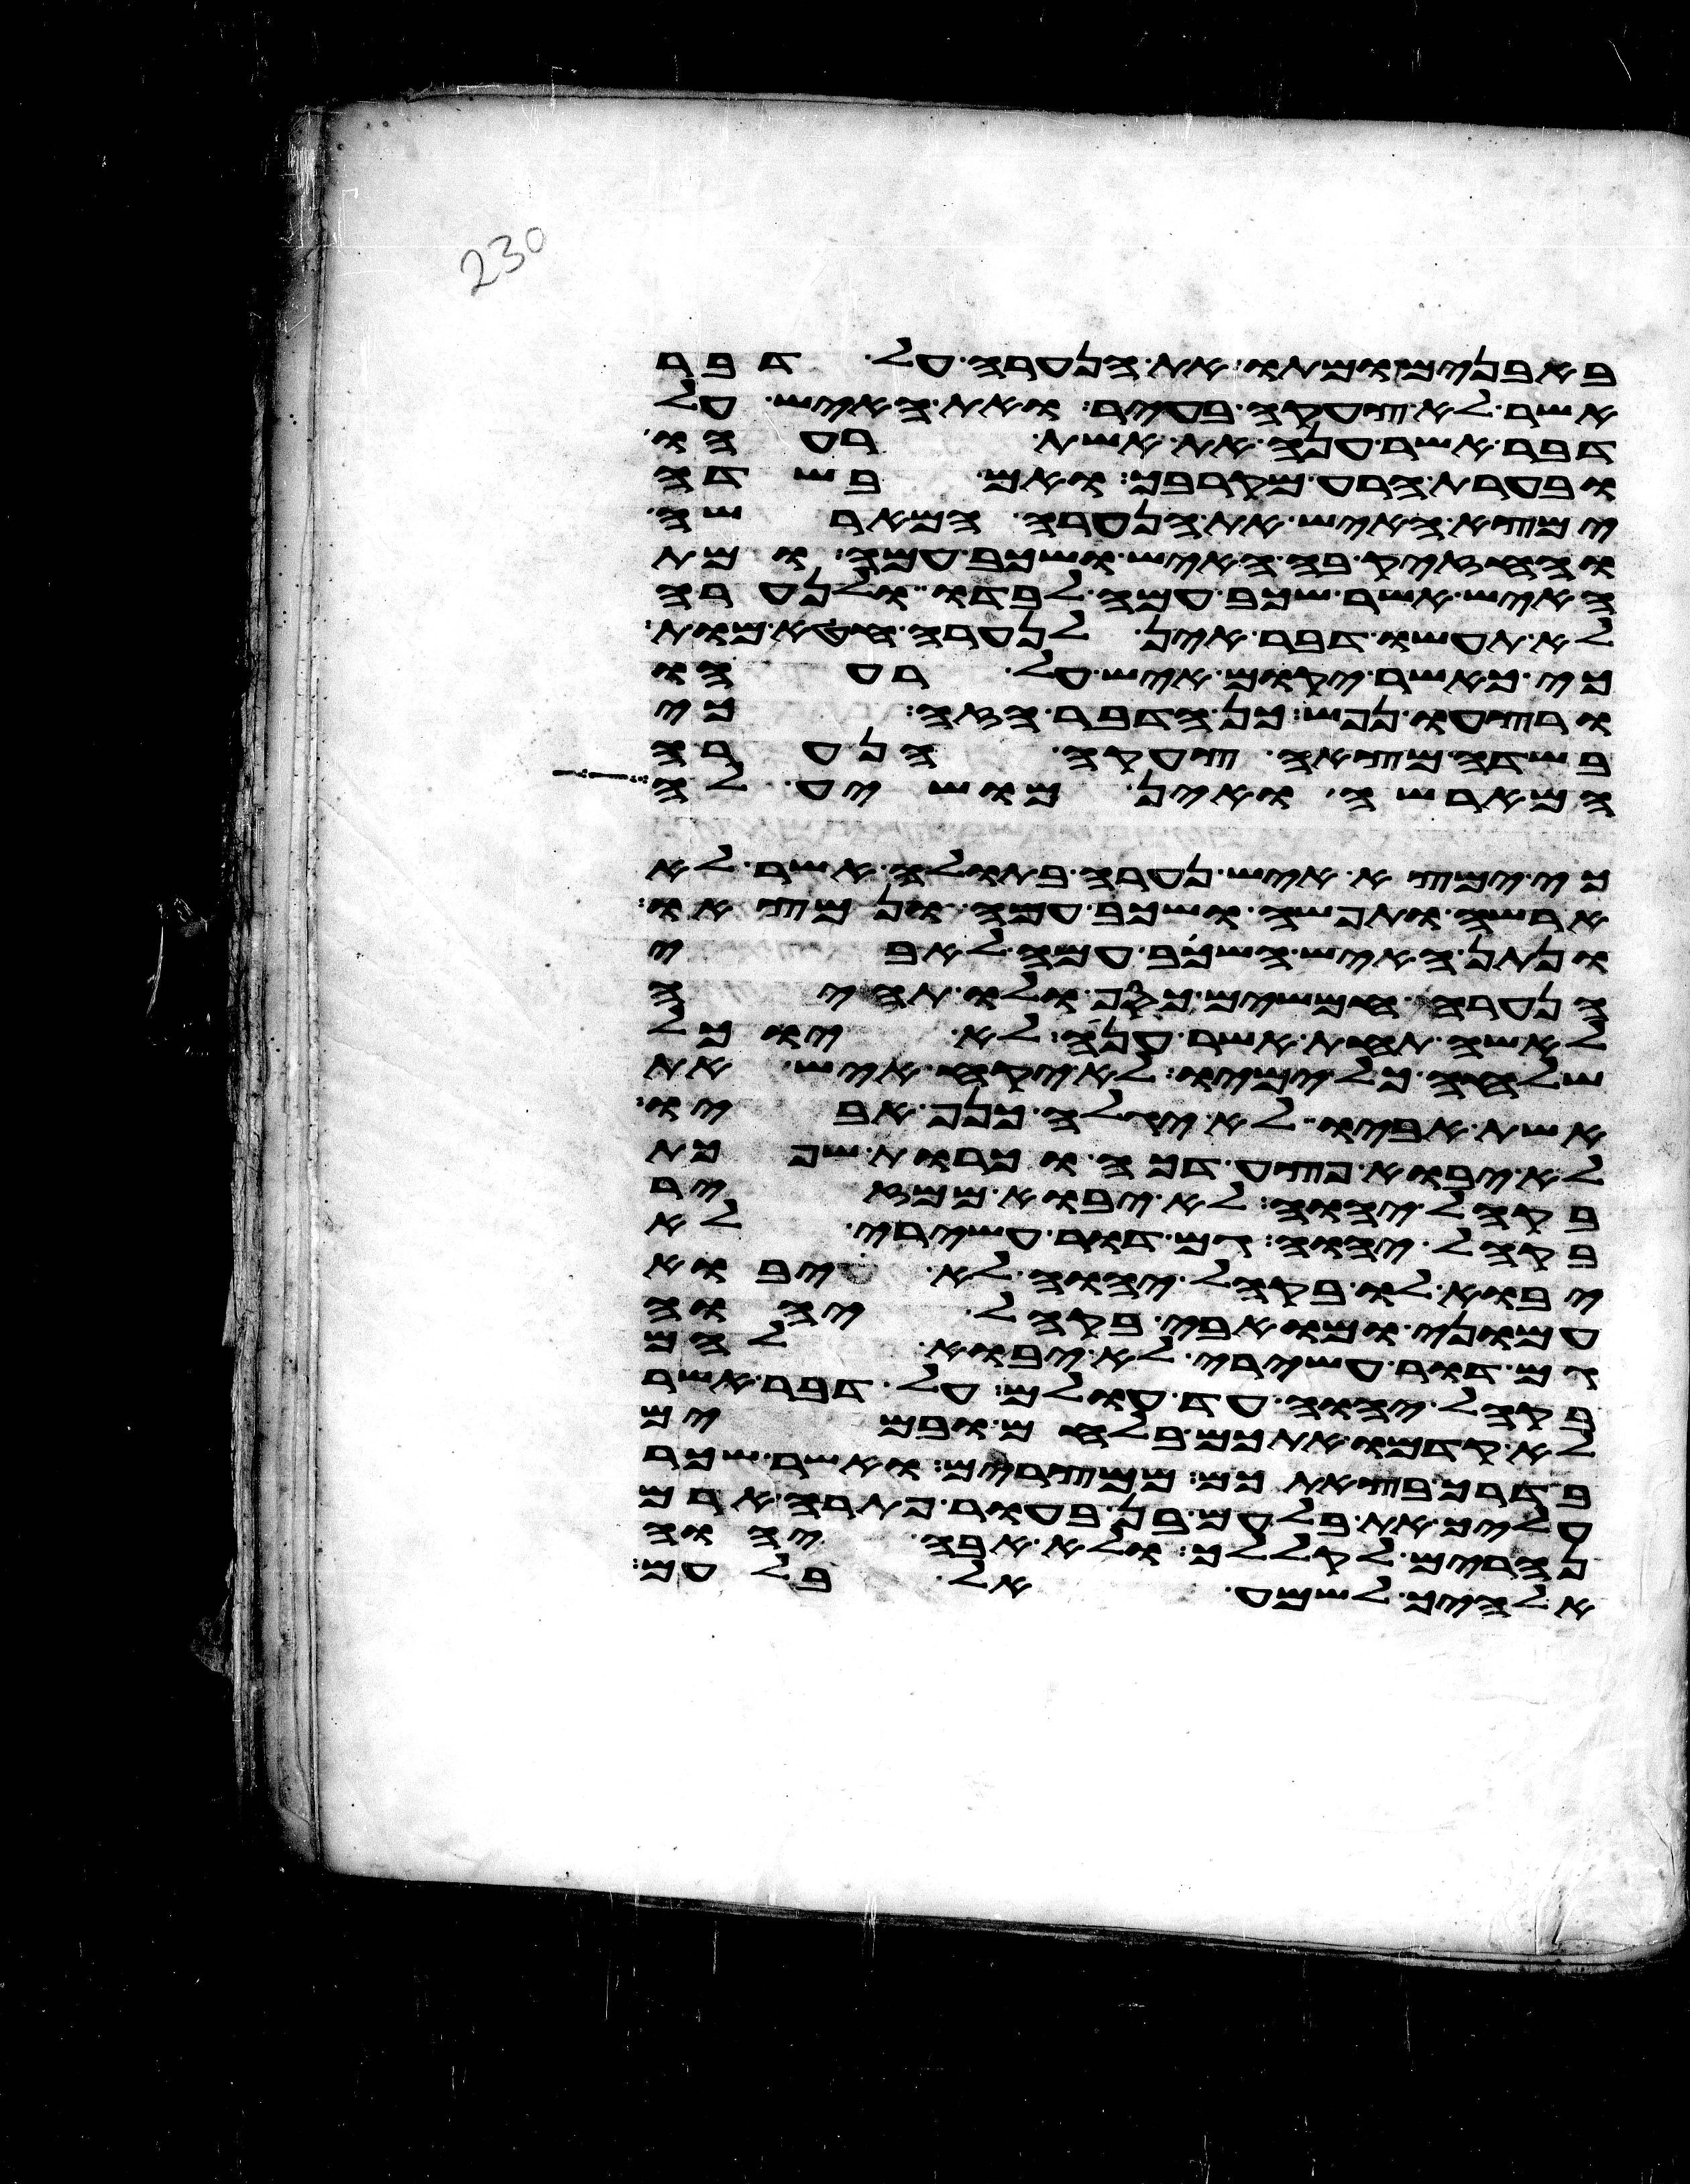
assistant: באבנים ומתו את הנערה על דבר
אשר לא צעקה בעיר ואת האיש על
דבר אשר ענה את אשת רעהו
ובערת הרע מקרבך ואם בשדה
ימצא האיש את הנערה המארשה
והחזיק בה האיש ושכב עמה ומת
האיש אשר שכב עמה לבדו ולנערה
לא תעשו דבר אין לנערה חטא מות
כי כאשר יקום איש על רעהו
ורצחו נפש כן הדבר הזה כי
בשדה מצאה צעקה הנערה
המארשה ואין מושיע לה
כי ימצא איש נערה בתולה אשר לא
ארשה ותפשה ושכב עמה ונמצאו
ונתן האיש השכב עמה לאבי
הנערה חמשים כסף ולו תהיה
לאשה תחת אשר ענה לא יוכל
שלחה כל ימיו לא יקח איש את
אשת אביו ולא יגלה כנף אביו
לא יבוא פצע דכה וכרות שפכת
בקהל יהוה לא יבוא ממזר
בקהל יהוה גם דור עשירי לא
יבוא לו בקהל יהוה לא יבוא
עמוני ומואבי בקהל יהוה
גם דור עשירי לא יבוא להם
בקהל יהוה עד עולם על דבר אשר
לא קדמו אתכם בלחם ובמים
בדרך בצאתכם ממצרים ואשר שכר
עליך את בלעם בן בעור פתרה ארם
נהרים לקללך ולא אבה יהוה
אלהיך לשמע אל בלעם